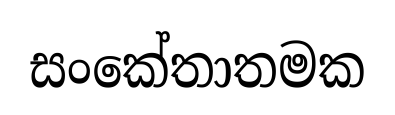
සංකේතාතමක